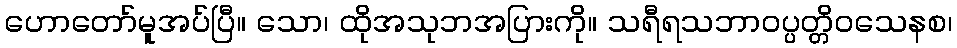
ဟောတော်မူအပ်ပြီ။ သော၊ ထိုအသုဘအပြားကို။ သရီရသဘာဝပ္ပတ္တိဝသေနစ၊